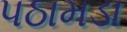
પઠામડા